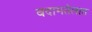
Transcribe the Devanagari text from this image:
बदामतेलात